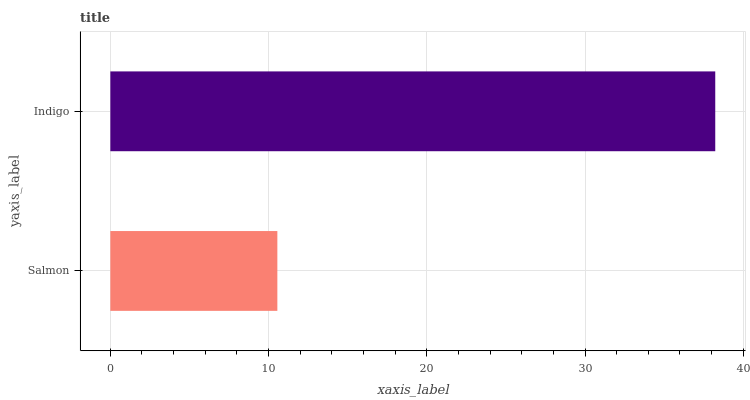
| yaxis_label | bars |
 | --- | --- |
 | Salmon | 10.6 |
 | Indigo | 38.2 |